Problem: 14 + 41 = ?
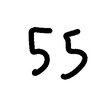
Handwritten answer: 55